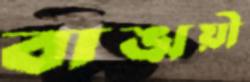
বাঙ্ময়ী